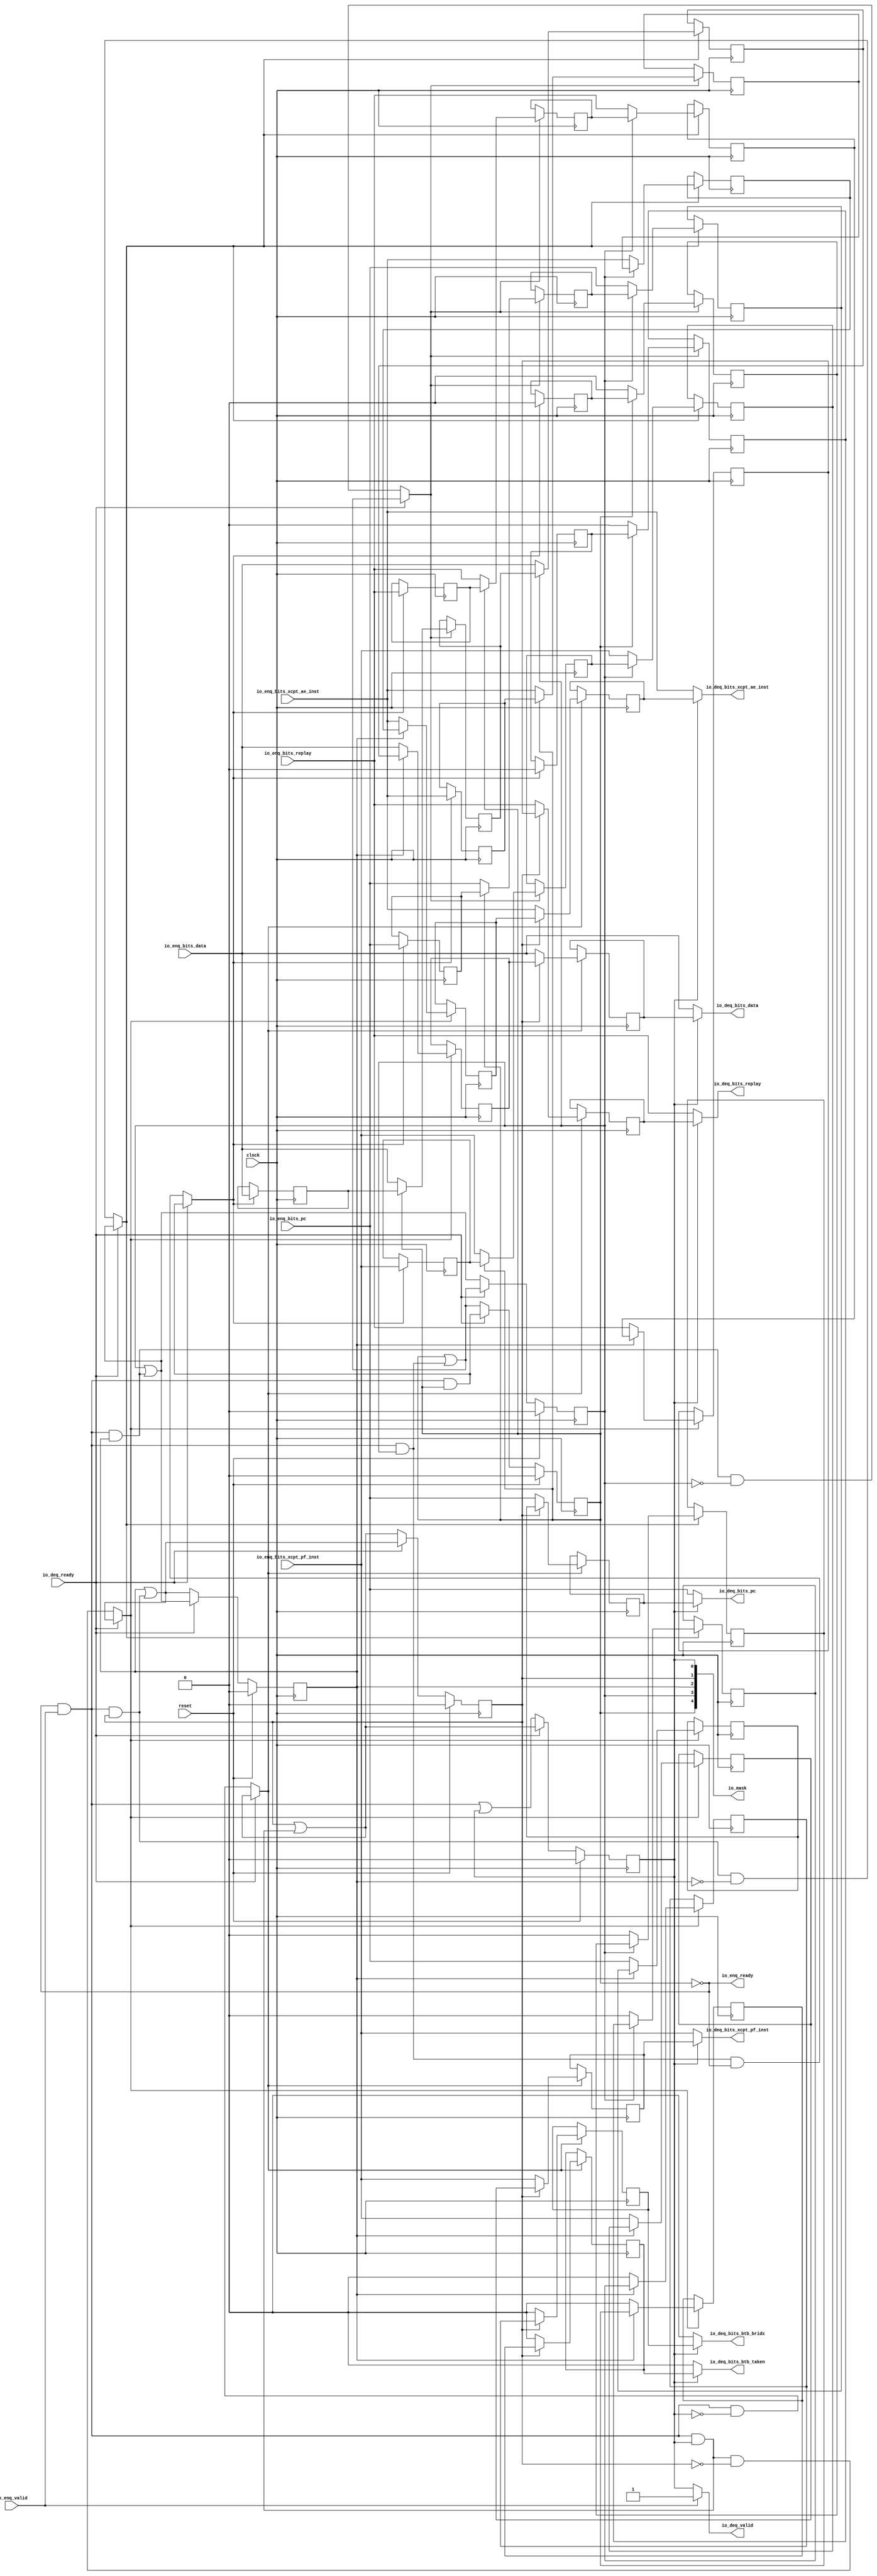
// Copyright (c) 2017, Microsemi Corporation
// All rights reserved.
//
// Redistribution and use in source and binary forms, with or without
// modification, are permitted provided that the following conditions are met:
//     * Redistributions of source code must retain the above copyright
//       notice, this list of conditions and the following disclaimer.
//     * Redistributions in binary form must reproduce the above copyright
//       notice, this list of conditions and the following disclaimer in the
//       documentation and/or other materials provided with the distribution.
//     * Neither the name of the <organization> nor the
//       names of its contributors may be used to endorse or promote products
//       derived from this software without specific prior written permission.
//
// THIS SOFTWARE IS PROVIDED BY THE COPYRIGHT HOLDERS AND CONTRIBUTORS "AS IS" AND
// ANY EXPRESS OR IMPLIED WARRANTIES, INCLUDING, BUT NOT LIMITED TO, THE IMPLIED
// WARRANTIES OF MERCHANTABILITY AND FITNESS FOR A PARTICULAR PURPOSE ARE
// DISCLAIMED. IN NO EVENT SHALL MICROSEMI CORPORATIONM BE LIABLE FOR ANY
// DIRECT, INDIRECT, INCIDENTAL, SPECIAL, EXEMPLARY, OR CONSEQUENTIAL DAMAGES
// (INCLUDING, BUT NOT LIMITED TO, PROCUREMENT OF SUBSTITUTE GOODS OR SERVICES;
// LOSS OF USE, DATA, OR PROFITS; OR BUSINESS INTERRUPTION) HOWEVER CAUSED AND
// ON ANY THEORY OF LIABILITY, WHETHER IN CONTRACT, STRICT LIABILITY, OR TORT
// (INCLUDING NEGLIGENCE OR OTHERWISE) ARISING IN ANY WAY OUT OF THE USE OF THIS
// SOFTWARE, EVEN IF ADVISED OF THE POSSIBILITY OF SUCH DAMAGE.
//
// APACHE LICENSE
// Copyright (c) 2017, Microsemi Corporation 
//
// Licensed under the Apache License, Version 2.0 (the "License");
// you may not use this file except in compliance with the License.
// You may obtain a copy of the License at
//
//    http://www.apache.org/licenses/LICENSE-2.0
//
// Unless required by applicable law or agreed to in writing, software
// distributed under the License is distributed on an "AS IS" BASIS,
// WITHOUT WARRANTIES OR CONDITIONS OF ANY KIND, either express or implied.
// See the License for the specific language governing permissions and
// limitations under the License.
//
// Description:
//
// SVN Revision Information:
// SVN $Revision: $
// SVN $Date: $
//
// Resolved SARs
// SAR      Date     Who   Description
//
// Notes:
//
// ****************************************************************************/
`ifndef RANDOMIZE_REG_INIT 
	 `define RANDOMIZE_REG_INIT 
 `endif
`ifndef RANDOMIZE_MEM_INIT 
	 `define RANDOMIZE_MEM_INIT 
 `endif
`ifndef RANDOMIZE 
	 `define RANDOMIZE 
`endif

`timescale 1ns/10ps
module MiV_AXI_MiV_AXI_0_MIV_RV32IMA_L1_AXI_SHIFT_QUEUE( // @[:freechips.rocketchip.system.MivRV32ImaL1AhbConfig.fir@106353.2]
  input         clock, // @[:freechips.rocketchip.system.MivRV32ImaL1AhbConfig.fir@106354.4]
  input         reset, // @[:freechips.rocketchip.system.MivRV32ImaL1AhbConfig.fir@106355.4]
  output        io_enq_ready, // @[:freechips.rocketchip.system.MivRV32ImaL1AhbConfig.fir@106356.4]
  input         io_enq_valid, // @[:freechips.rocketchip.system.MivRV32ImaL1AhbConfig.fir@106356.4]
  input  [31:0] io_enq_bits_pc, // @[:freechips.rocketchip.system.MivRV32ImaL1AhbConfig.fir@106356.4]
  input  [31:0] io_enq_bits_data, // @[:freechips.rocketchip.system.MivRV32ImaL1AhbConfig.fir@106356.4]
  input         io_enq_bits_xcpt_pf_inst, // @[:freechips.rocketchip.system.MivRV32ImaL1AhbConfig.fir@106356.4]
  input         io_enq_bits_xcpt_ae_inst, // @[:freechips.rocketchip.system.MivRV32ImaL1AhbConfig.fir@106356.4]
  input         io_enq_bits_replay, // @[:freechips.rocketchip.system.MivRV32ImaL1AhbConfig.fir@106356.4]
  input         io_deq_ready, // @[:freechips.rocketchip.system.MivRV32ImaL1AhbConfig.fir@106356.4]
  output        io_deq_valid, // @[:freechips.rocketchip.system.MivRV32ImaL1AhbConfig.fir@106356.4]
  output        io_deq_bits_btb_taken, // @[:freechips.rocketchip.system.MivRV32ImaL1AhbConfig.fir@106356.4]
  output        io_deq_bits_btb_bridx, // @[:freechips.rocketchip.system.MivRV32ImaL1AhbConfig.fir@106356.4]
  output [31:0] io_deq_bits_pc, // @[:freechips.rocketchip.system.MivRV32ImaL1AhbConfig.fir@106356.4]
  output [31:0] io_deq_bits_data, // @[:freechips.rocketchip.system.MivRV32ImaL1AhbConfig.fir@106356.4]
  output        io_deq_bits_xcpt_pf_inst, // @[:freechips.rocketchip.system.MivRV32ImaL1AhbConfig.fir@106356.4]
  output        io_deq_bits_xcpt_ae_inst, // @[:freechips.rocketchip.system.MivRV32ImaL1AhbConfig.fir@106356.4]
  output        io_deq_bits_replay, // @[:freechips.rocketchip.system.MivRV32ImaL1AhbConfig.fir@106356.4]
  output [4:0]  io_mask // @[:freechips.rocketchip.system.MivRV32ImaL1AhbConfig.fir@106356.4]
);
  reg  valid_0; // @[ShiftQueue.scala 20:30:freechips.rocketchip.system.MivRV32ImaL1AhbConfig.fir@106368.4]
  reg [31:0] _RAND_0;
  reg  valid_1; // @[ShiftQueue.scala 20:30:freechips.rocketchip.system.MivRV32ImaL1AhbConfig.fir@106368.4]
  reg [31:0] _RAND_1;
  reg  valid_2; // @[ShiftQueue.scala 20:30:freechips.rocketchip.system.MivRV32ImaL1AhbConfig.fir@106368.4]
  reg [31:0] _RAND_2;
  reg  valid_3; // @[ShiftQueue.scala 20:30:freechips.rocketchip.system.MivRV32ImaL1AhbConfig.fir@106368.4]
  reg [31:0] _RAND_3;
  reg  valid_4; // @[ShiftQueue.scala 20:30:freechips.rocketchip.system.MivRV32ImaL1AhbConfig.fir@106368.4]
  reg [31:0] _RAND_4;
  reg  elts_0_btb_taken; // @[ShiftQueue.scala 21:25:freechips.rocketchip.system.MivRV32ImaL1AhbConfig.fir@106369.4]
  reg [31:0] _RAND_5;
  reg  elts_0_btb_bridx; // @[ShiftQueue.scala 21:25:freechips.rocketchip.system.MivRV32ImaL1AhbConfig.fir@106369.4]
  reg [31:0] _RAND_6;
  reg [31:0] elts_0_pc; // @[ShiftQueue.scala 21:25:freechips.rocketchip.system.MivRV32ImaL1AhbConfig.fir@106369.4]
  reg [31:0] _RAND_7;
  reg [31:0] elts_0_data; // @[ShiftQueue.scala 21:25:freechips.rocketchip.system.MivRV32ImaL1AhbConfig.fir@106369.4]
  reg [31:0] _RAND_8;
  reg  elts_0_xcpt_pf_inst; // @[ShiftQueue.scala 21:25:freechips.rocketchip.system.MivRV32ImaL1AhbConfig.fir@106369.4]
  reg [31:0] _RAND_9;
  reg  elts_0_xcpt_ae_inst; // @[ShiftQueue.scala 21:25:freechips.rocketchip.system.MivRV32ImaL1AhbConfig.fir@106369.4]
  reg [31:0] _RAND_10;
  reg  elts_0_replay; // @[ShiftQueue.scala 21:25:freechips.rocketchip.system.MivRV32ImaL1AhbConfig.fir@106369.4]
  reg [31:0] _RAND_11;
  reg  elts_1_btb_taken; // @[ShiftQueue.scala 21:25:freechips.rocketchip.system.MivRV32ImaL1AhbConfig.fir@106369.4]
  reg [31:0] _RAND_12;
  reg  elts_1_btb_bridx; // @[ShiftQueue.scala 21:25:freechips.rocketchip.system.MivRV32ImaL1AhbConfig.fir@106369.4]
  reg [31:0] _RAND_13;
  reg [31:0] elts_1_pc; // @[ShiftQueue.scala 21:25:freechips.rocketchip.system.MivRV32ImaL1AhbConfig.fir@106369.4]
  reg [31:0] _RAND_14;
  reg [31:0] elts_1_data; // @[ShiftQueue.scala 21:25:freechips.rocketchip.system.MivRV32ImaL1AhbConfig.fir@106369.4]
  reg [31:0] _RAND_15;
  reg  elts_1_xcpt_pf_inst; // @[ShiftQueue.scala 21:25:freechips.rocketchip.system.MivRV32ImaL1AhbConfig.fir@106369.4]
  reg [31:0] _RAND_16;
  reg  elts_1_xcpt_ae_inst; // @[ShiftQueue.scala 21:25:freechips.rocketchip.system.MivRV32ImaL1AhbConfig.fir@106369.4]
  reg [31:0] _RAND_17;
  reg  elts_1_replay; // @[ShiftQueue.scala 21:25:freechips.rocketchip.system.MivRV32ImaL1AhbConfig.fir@106369.4]
  reg [31:0] _RAND_18;
  reg  elts_2_btb_taken; // @[ShiftQueue.scala 21:25:freechips.rocketchip.system.MivRV32ImaL1AhbConfig.fir@106369.4]
  reg [31:0] _RAND_19;
  reg  elts_2_btb_bridx; // @[ShiftQueue.scala 21:25:freechips.rocketchip.system.MivRV32ImaL1AhbConfig.fir@106369.4]
  reg [31:0] _RAND_20;
  reg [31:0] elts_2_pc; // @[ShiftQueue.scala 21:25:freechips.rocketchip.system.MivRV32ImaL1AhbConfig.fir@106369.4]
  reg [31:0] _RAND_21;
  reg [31:0] elts_2_data; // @[ShiftQueue.scala 21:25:freechips.rocketchip.system.MivRV32ImaL1AhbConfig.fir@106369.4]
  reg [31:0] _RAND_22;
  reg  elts_2_xcpt_pf_inst; // @[ShiftQueue.scala 21:25:freechips.rocketchip.system.MivRV32ImaL1AhbConfig.fir@106369.4]
  reg [31:0] _RAND_23;
  reg  elts_2_xcpt_ae_inst; // @[ShiftQueue.scala 21:25:freechips.rocketchip.system.MivRV32ImaL1AhbConfig.fir@106369.4]
  reg [31:0] _RAND_24;
  reg  elts_2_replay; // @[ShiftQueue.scala 21:25:freechips.rocketchip.system.MivRV32ImaL1AhbConfig.fir@106369.4]
  reg [31:0] _RAND_25;
  reg  elts_3_btb_taken; // @[ShiftQueue.scala 21:25:freechips.rocketchip.system.MivRV32ImaL1AhbConfig.fir@106369.4]
  reg [31:0] _RAND_26;
  reg  elts_3_btb_bridx; // @[ShiftQueue.scala 21:25:freechips.rocketchip.system.MivRV32ImaL1AhbConfig.fir@106369.4]
  reg [31:0] _RAND_27;
  reg [31:0] elts_3_pc; // @[ShiftQueue.scala 21:25:freechips.rocketchip.system.MivRV32ImaL1AhbConfig.fir@106369.4]
  reg [31:0] _RAND_28;
  reg [31:0] elts_3_data; // @[ShiftQueue.scala 21:25:freechips.rocketchip.system.MivRV32ImaL1AhbConfig.fir@106369.4]
  reg [31:0] _RAND_29;
  reg  elts_3_xcpt_pf_inst; // @[ShiftQueue.scala 21:25:freechips.rocketchip.system.MivRV32ImaL1AhbConfig.fir@106369.4]
  reg [31:0] _RAND_30;
  reg  elts_3_xcpt_ae_inst; // @[ShiftQueue.scala 21:25:freechips.rocketchip.system.MivRV32ImaL1AhbConfig.fir@106369.4]
  reg [31:0] _RAND_31;
  reg  elts_3_replay; // @[ShiftQueue.scala 21:25:freechips.rocketchip.system.MivRV32ImaL1AhbConfig.fir@106369.4]
  reg [31:0] _RAND_32;
  reg  elts_4_btb_taken; // @[ShiftQueue.scala 21:25:freechips.rocketchip.system.MivRV32ImaL1AhbConfig.fir@106369.4]
  reg [31:0] _RAND_33;
  reg  elts_4_btb_bridx; // @[ShiftQueue.scala 21:25:freechips.rocketchip.system.MivRV32ImaL1AhbConfig.fir@106369.4]
  reg [31:0] _RAND_34;
  reg [31:0] elts_4_pc; // @[ShiftQueue.scala 21:25:freechips.rocketchip.system.MivRV32ImaL1AhbConfig.fir@106369.4]
  reg [31:0] _RAND_35;
  reg [31:0] elts_4_data; // @[ShiftQueue.scala 21:25:freechips.rocketchip.system.MivRV32ImaL1AhbConfig.fir@106369.4]
  reg [31:0] _RAND_36;
  reg  elts_4_xcpt_pf_inst; // @[ShiftQueue.scala 21:25:freechips.rocketchip.system.MivRV32ImaL1AhbConfig.fir@106369.4]
  reg [31:0] _RAND_37;
  reg  elts_4_xcpt_ae_inst; // @[ShiftQueue.scala 21:25:freechips.rocketchip.system.MivRV32ImaL1AhbConfig.fir@106369.4]
  reg [31:0] _RAND_38;
  reg  elts_4_replay; // @[ShiftQueue.scala 21:25:freechips.rocketchip.system.MivRV32ImaL1AhbConfig.fir@106369.4]
  reg [31:0] _RAND_39;
  wire  _T_79_btb_taken; // @[ShiftQueue.scala 26:57:freechips.rocketchip.system.MivRV32ImaL1AhbConfig.fir@106370.4]
  wire  _T_79_btb_bridx; // @[ShiftQueue.scala 26:57:freechips.rocketchip.system.MivRV32ImaL1AhbConfig.fir@106370.4]
  wire [31:0] _T_79_pc; // @[ShiftQueue.scala 26:57:freechips.rocketchip.system.MivRV32ImaL1AhbConfig.fir@106370.4]
  wire [31:0] _T_79_data; // @[ShiftQueue.scala 26:57:freechips.rocketchip.system.MivRV32ImaL1AhbConfig.fir@106370.4]
  wire  _T_79_xcpt_pf_inst; // @[ShiftQueue.scala 26:57:freechips.rocketchip.system.MivRV32ImaL1AhbConfig.fir@106370.4]
  wire  _T_79_xcpt_ae_inst; // @[ShiftQueue.scala 26:57:freechips.rocketchip.system.MivRV32ImaL1AhbConfig.fir@106370.4]
  wire  _T_79_replay; // @[ShiftQueue.scala 26:57:freechips.rocketchip.system.MivRV32ImaL1AhbConfig.fir@106370.4]
  wire  _T_80; // @[Decoupled.scala 30:37:freechips.rocketchip.system.MivRV32ImaL1AhbConfig.fir@106371.4]
  wire  _T_83; // @[ShiftQueue.scala 29:45:freechips.rocketchip.system.MivRV32ImaL1AhbConfig.fir@106373.4]
  wire  _T_84; // @[ShiftQueue.scala 29:28:freechips.rocketchip.system.MivRV32ImaL1AhbConfig.fir@106374.4]
  wire  _T_89; // @[ShiftQueue.scala 30:48:freechips.rocketchip.system.MivRV32ImaL1AhbConfig.fir@106377.4]
  wire  _T_90; // @[ShiftQueue.scala 30:45:freechips.rocketchip.system.MivRV32ImaL1AhbConfig.fir@106378.4]
  wire  _T_91; // @[ShiftQueue.scala 28:10:freechips.rocketchip.system.MivRV32ImaL1AhbConfig.fir@106379.4]
  wire  _GEN_1; // @[ShiftQueue.scala 31:16:freechips.rocketchip.system.MivRV32ImaL1AhbConfig.fir@106380.4]
  wire  _GEN_3; // @[ShiftQueue.scala 31:16:freechips.rocketchip.system.MivRV32ImaL1AhbConfig.fir@106380.4]
  wire [31:0] _GEN_8; // @[ShiftQueue.scala 31:16:freechips.rocketchip.system.MivRV32ImaL1AhbConfig.fir@106380.4]
  wire [31:0] _GEN_9; // @[ShiftQueue.scala 31:16:freechips.rocketchip.system.MivRV32ImaL1AhbConfig.fir@106380.4]
  wire  _GEN_11; // @[ShiftQueue.scala 31:16:freechips.rocketchip.system.MivRV32ImaL1AhbConfig.fir@106380.4]
  wire  _GEN_12; // @[ShiftQueue.scala 31:16:freechips.rocketchip.system.MivRV32ImaL1AhbConfig.fir@106380.4]
  wire  _GEN_13; // @[ShiftQueue.scala 31:16:freechips.rocketchip.system.MivRV32ImaL1AhbConfig.fir@106380.4]
  wire  _T_100; // @[ShiftQueue.scala 36:45:freechips.rocketchip.system.MivRV32ImaL1AhbConfig.fir@106389.4]
  wire  _T_101; // @[ShiftQueue.scala 34:10:freechips.rocketchip.system.MivRV32ImaL1AhbConfig.fir@106390.4]
  wire  _T_102_btb_taken; // @[ShiftQueue.scala 26:57:freechips.rocketchip.system.MivRV32ImaL1AhbConfig.fir@106392.4]
  wire  _T_102_btb_bridx; // @[ShiftQueue.scala 26:57:freechips.rocketchip.system.MivRV32ImaL1AhbConfig.fir@106392.4]
  wire [31:0] _T_102_pc; // @[ShiftQueue.scala 26:57:freechips.rocketchip.system.MivRV32ImaL1AhbConfig.fir@106392.4]
  wire [31:0] _T_102_data; // @[ShiftQueue.scala 26:57:freechips.rocketchip.system.MivRV32ImaL1AhbConfig.fir@106392.4]
  wire  _T_102_xcpt_pf_inst; // @[ShiftQueue.scala 26:57:freechips.rocketchip.system.MivRV32ImaL1AhbConfig.fir@106392.4]
  wire  _T_102_xcpt_ae_inst; // @[ShiftQueue.scala 26:57:freechips.rocketchip.system.MivRV32ImaL1AhbConfig.fir@106392.4]
  wire  _T_102_replay; // @[ShiftQueue.scala 26:57:freechips.rocketchip.system.MivRV32ImaL1AhbConfig.fir@106392.4]
  wire  _T_106; // @[ShiftQueue.scala 29:45:freechips.rocketchip.system.MivRV32ImaL1AhbConfig.fir@106395.4]
  wire  _T_107; // @[ShiftQueue.scala 29:28:freechips.rocketchip.system.MivRV32ImaL1AhbConfig.fir@106396.4]
  wire  _T_111; // @[ShiftQueue.scala 30:48:freechips.rocketchip.system.MivRV32ImaL1AhbConfig.fir@106399.4]
  wire  _T_112; // @[ShiftQueue.scala 30:45:freechips.rocketchip.system.MivRV32ImaL1AhbConfig.fir@106400.4]
  wire  _T_113; // @[ShiftQueue.scala 28:10:freechips.rocketchip.system.MivRV32ImaL1AhbConfig.fir@106401.4]
  wire  _GEN_15; // @[ShiftQueue.scala 31:16:freechips.rocketchip.system.MivRV32ImaL1AhbConfig.fir@106402.4]
  wire  _GEN_17; // @[ShiftQueue.scala 31:16:freechips.rocketchip.system.MivRV32ImaL1AhbConfig.fir@106402.4]
  wire [31:0] _GEN_22; // @[ShiftQueue.scala 31:16:freechips.rocketchip.system.MivRV32ImaL1AhbConfig.fir@106402.4]
  wire [31:0] _GEN_23; // @[ShiftQueue.scala 31:16:freechips.rocketchip.system.MivRV32ImaL1AhbConfig.fir@106402.4]
  wire  _GEN_25; // @[ShiftQueue.scala 31:16:freechips.rocketchip.system.MivRV32ImaL1AhbConfig.fir@106402.4]
  wire  _GEN_26; // @[ShiftQueue.scala 31:16:freechips.rocketchip.system.MivRV32ImaL1AhbConfig.fir@106402.4]
  wire  _GEN_27; // @[ShiftQueue.scala 31:16:freechips.rocketchip.system.MivRV32ImaL1AhbConfig.fir@106402.4]
  wire  _T_121; // @[ShiftQueue.scala 36:45:freechips.rocketchip.system.MivRV32ImaL1AhbConfig.fir@106411.4]
  wire  _T_122; // @[ShiftQueue.scala 34:10:freechips.rocketchip.system.MivRV32ImaL1AhbConfig.fir@106412.4]
  wire  _T_123_btb_taken; // @[ShiftQueue.scala 26:57:freechips.rocketchip.system.MivRV32ImaL1AhbConfig.fir@106414.4]
  wire  _T_123_btb_bridx; // @[ShiftQueue.scala 26:57:freechips.rocketchip.system.MivRV32ImaL1AhbConfig.fir@106414.4]
  wire [31:0] _T_123_pc; // @[ShiftQueue.scala 26:57:freechips.rocketchip.system.MivRV32ImaL1AhbConfig.fir@106414.4]
  wire [31:0] _T_123_data; // @[ShiftQueue.scala 26:57:freechips.rocketchip.system.MivRV32ImaL1AhbConfig.fir@106414.4]
  wire  _T_123_xcpt_pf_inst; // @[ShiftQueue.scala 26:57:freechips.rocketchip.system.MivRV32ImaL1AhbConfig.fir@106414.4]
  wire  _T_123_xcpt_ae_inst; // @[ShiftQueue.scala 26:57:freechips.rocketchip.system.MivRV32ImaL1AhbConfig.fir@106414.4]
  wire  _T_123_replay; // @[ShiftQueue.scala 26:57:freechips.rocketchip.system.MivRV32ImaL1AhbConfig.fir@106414.4]
  wire  _T_127; // @[ShiftQueue.scala 29:45:freechips.rocketchip.system.MivRV32ImaL1AhbConfig.fir@106417.4]
  wire  _T_128; // @[ShiftQueue.scala 29:28:freechips.rocketchip.system.MivRV32ImaL1AhbConfig.fir@106418.4]
  wire  _T_132; // @[ShiftQueue.scala 30:48:freechips.rocketchip.system.MivRV32ImaL1AhbConfig.fir@106421.4]
  wire  _T_133; // @[ShiftQueue.scala 30:45:freechips.rocketchip.system.MivRV32ImaL1AhbConfig.fir@106422.4]
  wire  _T_134; // @[ShiftQueue.scala 28:10:freechips.rocketchip.system.MivRV32ImaL1AhbConfig.fir@106423.4]
  wire  _GEN_29; // @[ShiftQueue.scala 31:16:freechips.rocketchip.system.MivRV32ImaL1AhbConfig.fir@106424.4]
  wire  _GEN_31; // @[ShiftQueue.scala 31:16:freechips.rocketchip.system.MivRV32ImaL1AhbConfig.fir@106424.4]
  wire [31:0] _GEN_36; // @[ShiftQueue.scala 31:16:freechips.rocketchip.system.MivRV32ImaL1AhbConfig.fir@106424.4]
  wire [31:0] _GEN_37; // @[ShiftQueue.scala 31:16:freechips.rocketchip.system.MivRV32ImaL1AhbConfig.fir@106424.4]
  wire  _GEN_39; // @[ShiftQueue.scala 31:16:freechips.rocketchip.system.MivRV32ImaL1AhbConfig.fir@106424.4]
  wire  _GEN_40; // @[ShiftQueue.scala 31:16:freechips.rocketchip.system.MivRV32ImaL1AhbConfig.fir@106424.4]
  wire  _GEN_41; // @[ShiftQueue.scala 31:16:freechips.rocketchip.system.MivRV32ImaL1AhbConfig.fir@106424.4]
  wire  _T_142; // @[ShiftQueue.scala 36:45:freechips.rocketchip.system.MivRV32ImaL1AhbConfig.fir@106433.4]
  wire  _T_143; // @[ShiftQueue.scala 34:10:freechips.rocketchip.system.MivRV32ImaL1AhbConfig.fir@106434.4]
  wire  _T_144_btb_taken; // @[ShiftQueue.scala 26:57:freechips.rocketchip.system.MivRV32ImaL1AhbConfig.fir@106436.4]
  wire  _T_144_btb_bridx; // @[ShiftQueue.scala 26:57:freechips.rocketchip.system.MivRV32ImaL1AhbConfig.fir@106436.4]
  wire [31:0] _T_144_pc; // @[ShiftQueue.scala 26:57:freechips.rocketchip.system.MivRV32ImaL1AhbConfig.fir@106436.4]
  wire [31:0] _T_144_data; // @[ShiftQueue.scala 26:57:freechips.rocketchip.system.MivRV32ImaL1AhbConfig.fir@106436.4]
  wire  _T_144_xcpt_pf_inst; // @[ShiftQueue.scala 26:57:freechips.rocketchip.system.MivRV32ImaL1AhbConfig.fir@106436.4]
  wire  _T_144_xcpt_ae_inst; // @[ShiftQueue.scala 26:57:freechips.rocketchip.system.MivRV32ImaL1AhbConfig.fir@106436.4]
  wire  _T_144_replay; // @[ShiftQueue.scala 26:57:freechips.rocketchip.system.MivRV32ImaL1AhbConfig.fir@106436.4]
  wire  _T_148; // @[ShiftQueue.scala 29:45:freechips.rocketchip.system.MivRV32ImaL1AhbConfig.fir@106439.4]
  wire  _T_149; // @[ShiftQueue.scala 29:28:freechips.rocketchip.system.MivRV32ImaL1AhbConfig.fir@106440.4]
  wire  _T_153; // @[ShiftQueue.scala 30:48:freechips.rocketchip.system.MivRV32ImaL1AhbConfig.fir@106443.4]
  wire  _T_154; // @[ShiftQueue.scala 30:45:freechips.rocketchip.system.MivRV32ImaL1AhbConfig.fir@106444.4]
  wire  _T_155; // @[ShiftQueue.scala 28:10:freechips.rocketchip.system.MivRV32ImaL1AhbConfig.fir@106445.4]
  wire  _GEN_43; // @[ShiftQueue.scala 31:16:freechips.rocketchip.system.MivRV32ImaL1AhbConfig.fir@106446.4]
  wire  _GEN_45; // @[ShiftQueue.scala 31:16:freechips.rocketchip.system.MivRV32ImaL1AhbConfig.fir@106446.4]
  wire [31:0] _GEN_50; // @[ShiftQueue.scala 31:16:freechips.rocketchip.system.MivRV32ImaL1AhbConfig.fir@106446.4]
  wire [31:0] _GEN_51; // @[ShiftQueue.scala 31:16:freechips.rocketchip.system.MivRV32ImaL1AhbConfig.fir@106446.4]
  wire  _GEN_53; // @[ShiftQueue.scala 31:16:freechips.rocketchip.system.MivRV32ImaL1AhbConfig.fir@106446.4]
  wire  _GEN_54; // @[ShiftQueue.scala 31:16:freechips.rocketchip.system.MivRV32ImaL1AhbConfig.fir@106446.4]
  wire  _GEN_55; // @[ShiftQueue.scala 31:16:freechips.rocketchip.system.MivRV32ImaL1AhbConfig.fir@106446.4]
  wire  _T_163; // @[ShiftQueue.scala 36:45:freechips.rocketchip.system.MivRV32ImaL1AhbConfig.fir@106455.4]
  wire  _T_164; // @[ShiftQueue.scala 34:10:freechips.rocketchip.system.MivRV32ImaL1AhbConfig.fir@106456.4]
  wire  _T_169; // @[ShiftQueue.scala 29:45:freechips.rocketchip.system.MivRV32ImaL1AhbConfig.fir@106460.4]
  wire  _T_174; // @[ShiftQueue.scala 30:48:freechips.rocketchip.system.MivRV32ImaL1AhbConfig.fir@106464.4]
  wire  _T_175; // @[ShiftQueue.scala 30:45:freechips.rocketchip.system.MivRV32ImaL1AhbConfig.fir@106465.4]
  wire  _T_176; // @[ShiftQueue.scala 28:10:freechips.rocketchip.system.MivRV32ImaL1AhbConfig.fir@106466.4]
  wire  _GEN_57; // @[ShiftQueue.scala 31:16:freechips.rocketchip.system.MivRV32ImaL1AhbConfig.fir@106467.4]
  wire  _GEN_59; // @[ShiftQueue.scala 31:16:freechips.rocketchip.system.MivRV32ImaL1AhbConfig.fir@106467.4]
  wire [31:0] _GEN_64; // @[ShiftQueue.scala 31:16:freechips.rocketchip.system.MivRV32ImaL1AhbConfig.fir@106467.4]
  wire [31:0] _GEN_65; // @[ShiftQueue.scala 31:16:freechips.rocketchip.system.MivRV32ImaL1AhbConfig.fir@106467.4]
  wire  _GEN_67; // @[ShiftQueue.scala 31:16:freechips.rocketchip.system.MivRV32ImaL1AhbConfig.fir@106467.4]
  wire  _GEN_68; // @[ShiftQueue.scala 31:16:freechips.rocketchip.system.MivRV32ImaL1AhbConfig.fir@106467.4]
  wire  _GEN_69; // @[ShiftQueue.scala 31:16:freechips.rocketchip.system.MivRV32ImaL1AhbConfig.fir@106467.4]
  wire  _T_185; // @[ShiftQueue.scala 36:45:freechips.rocketchip.system.MivRV32ImaL1AhbConfig.fir@106476.4]
  wire  _T_186; // @[ShiftQueue.scala 34:10:freechips.rocketchip.system.MivRV32ImaL1AhbConfig.fir@106477.4]
  wire  _GEN_70; // @[ShiftQueue.scala 44:25:freechips.rocketchip.system.MivRV32ImaL1AhbConfig.fir@106483.4]
  wire  _GEN_72; // @[ShiftQueue.scala 45:22:freechips.rocketchip.system.MivRV32ImaL1AhbConfig.fir@106487.4]
  wire  _GEN_74; // @[ShiftQueue.scala 45:22:freechips.rocketchip.system.MivRV32ImaL1AhbConfig.fir@106487.4]
  wire [31:0] _GEN_79; // @[ShiftQueue.scala 45:22:freechips.rocketchip.system.MivRV32ImaL1AhbConfig.fir@106487.4]
  wire [31:0] _GEN_80; // @[ShiftQueue.scala 45:22:freechips.rocketchip.system.MivRV32ImaL1AhbConfig.fir@106487.4]
  wire  _GEN_82; // @[ShiftQueue.scala 45:22:freechips.rocketchip.system.MivRV32ImaL1AhbConfig.fir@106487.4]
  wire  _GEN_83; // @[ShiftQueue.scala 45:22:freechips.rocketchip.system.MivRV32ImaL1AhbConfig.fir@106487.4]
  wire  _GEN_84; // @[ShiftQueue.scala 45:22:freechips.rocketchip.system.MivRV32ImaL1AhbConfig.fir@106487.4]
  wire [1:0] _T_192; // @[ShiftQueue.scala 52:20:freechips.rocketchip.system.MivRV32ImaL1AhbConfig.fir@106490.4]
  wire [1:0] _T_193; // @[ShiftQueue.scala 52:20:freechips.rocketchip.system.MivRV32ImaL1AhbConfig.fir@106491.4]
  wire [2:0] _T_194; // @[ShiftQueue.scala 52:20:freechips.rocketchip.system.MivRV32ImaL1AhbConfig.fir@106492.4]
  wire [4:0] _T_195; // @[ShiftQueue.scala 52:20:freechips.rocketchip.system.MivRV32ImaL1AhbConfig.fir@106493.4]
  assign _T_79_btb_taken = valid_1 ? elts_1_btb_taken : 1'h0; // @[ShiftQueue.scala 26:57:freechips.rocketchip.system.MivRV32ImaL1AhbConfig.fir@106370.4]
  assign _T_79_btb_bridx = valid_1 ? elts_1_btb_bridx : 1'h0; // @[ShiftQueue.scala 26:57:freechips.rocketchip.system.MivRV32ImaL1AhbConfig.fir@106370.4]
  assign _T_79_pc = valid_1 ? elts_1_pc : io_enq_bits_pc; // @[ShiftQueue.scala 26:57:freechips.rocketchip.system.MivRV32ImaL1AhbConfig.fir@106370.4]
  assign _T_79_data = valid_1 ? elts_1_data : io_enq_bits_data; // @[ShiftQueue.scala 26:57:freechips.rocketchip.system.MivRV32ImaL1AhbConfig.fir@106370.4]
  assign _T_79_xcpt_pf_inst = valid_1 ? elts_1_xcpt_pf_inst : io_enq_bits_xcpt_pf_inst; // @[ShiftQueue.scala 26:57:freechips.rocketchip.system.MivRV32ImaL1AhbConfig.fir@106370.4]
  assign _T_79_xcpt_ae_inst = valid_1 ? elts_1_xcpt_ae_inst : io_enq_bits_xcpt_ae_inst; // @[ShiftQueue.scala 26:57:freechips.rocketchip.system.MivRV32ImaL1AhbConfig.fir@106370.4]
  assign _T_79_replay = valid_1 ? elts_1_replay : io_enq_bits_replay; // @[ShiftQueue.scala 26:57:freechips.rocketchip.system.MivRV32ImaL1AhbConfig.fir@106370.4]
  assign _T_80 = io_enq_ready & io_enq_valid; // @[Decoupled.scala 30:37:freechips.rocketchip.system.MivRV32ImaL1AhbConfig.fir@106371.4]
  assign _T_83 = _T_80 & valid_0; // @[ShiftQueue.scala 29:45:freechips.rocketchip.system.MivRV32ImaL1AhbConfig.fir@106373.4]
  assign _T_84 = valid_1 | _T_83; // @[ShiftQueue.scala 29:28:freechips.rocketchip.system.MivRV32ImaL1AhbConfig.fir@106374.4]
  assign _T_89 = valid_0 == 1'h0; // @[ShiftQueue.scala 30:48:freechips.rocketchip.system.MivRV32ImaL1AhbConfig.fir@106377.4]
  assign _T_90 = _T_80 & _T_89; // @[ShiftQueue.scala 30:45:freechips.rocketchip.system.MivRV32ImaL1AhbConfig.fir@106378.4]
  assign _T_91 = io_deq_ready ? _T_84 : _T_90; // @[ShiftQueue.scala 28:10:freechips.rocketchip.system.MivRV32ImaL1AhbConfig.fir@106379.4]
  assign _GEN_1 = _T_91 ? _T_79_btb_taken : elts_0_btb_taken; // @[ShiftQueue.scala 31:16:freechips.rocketchip.system.MivRV32ImaL1AhbConfig.fir@106380.4]
  assign _GEN_3 = _T_91 ? _T_79_btb_bridx : elts_0_btb_bridx; // @[ShiftQueue.scala 31:16:freechips.rocketchip.system.MivRV32ImaL1AhbConfig.fir@106380.4]
  assign _GEN_8 = _T_91 ? _T_79_pc : elts_0_pc; // @[ShiftQueue.scala 31:16:freechips.rocketchip.system.MivRV32ImaL1AhbConfig.fir@106380.4]
  assign _GEN_9 = _T_91 ? _T_79_data : elts_0_data; // @[ShiftQueue.scala 31:16:freechips.rocketchip.system.MivRV32ImaL1AhbConfig.fir@106380.4]
  assign _GEN_11 = _T_91 ? _T_79_xcpt_pf_inst : elts_0_xcpt_pf_inst; // @[ShiftQueue.scala 31:16:freechips.rocketchip.system.MivRV32ImaL1AhbConfig.fir@106380.4]
  assign _GEN_12 = _T_91 ? _T_79_xcpt_ae_inst : elts_0_xcpt_ae_inst; // @[ShiftQueue.scala 31:16:freechips.rocketchip.system.MivRV32ImaL1AhbConfig.fir@106380.4]
  assign _GEN_13 = _T_91 ? _T_79_replay : elts_0_replay; // @[ShiftQueue.scala 31:16:freechips.rocketchip.system.MivRV32ImaL1AhbConfig.fir@106380.4]
  assign _T_100 = _T_80 | valid_0; // @[ShiftQueue.scala 36:45:freechips.rocketchip.system.MivRV32ImaL1AhbConfig.fir@106389.4]
  assign _T_101 = io_deq_ready ? _T_84 : _T_100; // @[ShiftQueue.scala 34:10:freechips.rocketchip.system.MivRV32ImaL1AhbConfig.fir@106390.4]
  assign _T_102_btb_taken = valid_2 ? elts_2_btb_taken : 1'h0; // @[ShiftQueue.scala 26:57:freechips.rocketchip.system.MivRV32ImaL1AhbConfig.fir@106392.4]
  assign _T_102_btb_bridx = valid_2 ? elts_2_btb_bridx : 1'h0; // @[ShiftQueue.scala 26:57:freechips.rocketchip.system.MivRV32ImaL1AhbConfig.fir@106392.4]
  assign _T_102_pc = valid_2 ? elts_2_pc : io_enq_bits_pc; // @[ShiftQueue.scala 26:57:freechips.rocketchip.system.MivRV32ImaL1AhbConfig.fir@106392.4]
  assign _T_102_data = valid_2 ? elts_2_data : io_enq_bits_data; // @[ShiftQueue.scala 26:57:freechips.rocketchip.system.MivRV32ImaL1AhbConfig.fir@106392.4]
  assign _T_102_xcpt_pf_inst = valid_2 ? elts_2_xcpt_pf_inst : io_enq_bits_xcpt_pf_inst; // @[ShiftQueue.scala 26:57:freechips.rocketchip.system.MivRV32ImaL1AhbConfig.fir@106392.4]
  assign _T_102_xcpt_ae_inst = valid_2 ? elts_2_xcpt_ae_inst : io_enq_bits_xcpt_ae_inst; // @[ShiftQueue.scala 26:57:freechips.rocketchip.system.MivRV32ImaL1AhbConfig.fir@106392.4]
  assign _T_102_replay = valid_2 ? elts_2_replay : io_enq_bits_replay; // @[ShiftQueue.scala 26:57:freechips.rocketchip.system.MivRV32ImaL1AhbConfig.fir@106392.4]
  assign _T_106 = _T_80 & valid_1; // @[ShiftQueue.scala 29:45:freechips.rocketchip.system.MivRV32ImaL1AhbConfig.fir@106395.4]
  assign _T_107 = valid_2 | _T_106; // @[ShiftQueue.scala 29:28:freechips.rocketchip.system.MivRV32ImaL1AhbConfig.fir@106396.4]
  assign _T_111 = valid_1 == 1'h0; // @[ShiftQueue.scala 30:48:freechips.rocketchip.system.MivRV32ImaL1AhbConfig.fir@106399.4]
  assign _T_112 = _T_83 & _T_111; // @[ShiftQueue.scala 30:45:freechips.rocketchip.system.MivRV32ImaL1AhbConfig.fir@106400.4]
  assign _T_113 = io_deq_ready ? _T_107 : _T_112; // @[ShiftQueue.scala 28:10:freechips.rocketchip.system.MivRV32ImaL1AhbConfig.fir@106401.4]
  assign _GEN_15 = _T_113 ? _T_102_btb_taken : elts_1_btb_taken; // @[ShiftQueue.scala 31:16:freechips.rocketchip.system.MivRV32ImaL1AhbConfig.fir@106402.4]
  assign _GEN_17 = _T_113 ? _T_102_btb_bridx : elts_1_btb_bridx; // @[ShiftQueue.scala 31:16:freechips.rocketchip.system.MivRV32ImaL1AhbConfig.fir@106402.4]
  assign _GEN_22 = _T_113 ? _T_102_pc : elts_1_pc; // @[ShiftQueue.scala 31:16:freechips.rocketchip.system.MivRV32ImaL1AhbConfig.fir@106402.4]
  assign _GEN_23 = _T_113 ? _T_102_data : elts_1_data; // @[ShiftQueue.scala 31:16:freechips.rocketchip.system.MivRV32ImaL1AhbConfig.fir@106402.4]
  assign _GEN_25 = _T_113 ? _T_102_xcpt_pf_inst : elts_1_xcpt_pf_inst; // @[ShiftQueue.scala 31:16:freechips.rocketchip.system.MivRV32ImaL1AhbConfig.fir@106402.4]
  assign _GEN_26 = _T_113 ? _T_102_xcpt_ae_inst : elts_1_xcpt_ae_inst; // @[ShiftQueue.scala 31:16:freechips.rocketchip.system.MivRV32ImaL1AhbConfig.fir@106402.4]
  assign _GEN_27 = _T_113 ? _T_102_replay : elts_1_replay; // @[ShiftQueue.scala 31:16:freechips.rocketchip.system.MivRV32ImaL1AhbConfig.fir@106402.4]
  assign _T_121 = _T_83 | valid_1; // @[ShiftQueue.scala 36:45:freechips.rocketchip.system.MivRV32ImaL1AhbConfig.fir@106411.4]
  assign _T_122 = io_deq_ready ? _T_107 : _T_121; // @[ShiftQueue.scala 34:10:freechips.rocketchip.system.MivRV32ImaL1AhbConfig.fir@106412.4]
  assign _T_123_btb_taken = valid_3 ? elts_3_btb_taken : 1'h0; // @[ShiftQueue.scala 26:57:freechips.rocketchip.system.MivRV32ImaL1AhbConfig.fir@106414.4]
  assign _T_123_btb_bridx = valid_3 ? elts_3_btb_bridx : 1'h0; // @[ShiftQueue.scala 26:57:freechips.rocketchip.system.MivRV32ImaL1AhbConfig.fir@106414.4]
  assign _T_123_pc = valid_3 ? elts_3_pc : io_enq_bits_pc; // @[ShiftQueue.scala 26:57:freechips.rocketchip.system.MivRV32ImaL1AhbConfig.fir@106414.4]
  assign _T_123_data = valid_3 ? elts_3_data : io_enq_bits_data; // @[ShiftQueue.scala 26:57:freechips.rocketchip.system.MivRV32ImaL1AhbConfig.fir@106414.4]
  assign _T_123_xcpt_pf_inst = valid_3 ? elts_3_xcpt_pf_inst : io_enq_bits_xcpt_pf_inst; // @[ShiftQueue.scala 26:57:freechips.rocketchip.system.MivRV32ImaL1AhbConfig.fir@106414.4]
  assign _T_123_xcpt_ae_inst = valid_3 ? elts_3_xcpt_ae_inst : io_enq_bits_xcpt_ae_inst; // @[ShiftQueue.scala 26:57:freechips.rocketchip.system.MivRV32ImaL1AhbConfig.fir@106414.4]
  assign _T_123_replay = valid_3 ? elts_3_replay : io_enq_bits_replay; // @[ShiftQueue.scala 26:57:freechips.rocketchip.system.MivRV32ImaL1AhbConfig.fir@106414.4]
  assign _T_127 = _T_80 & valid_2; // @[ShiftQueue.scala 29:45:freechips.rocketchip.system.MivRV32ImaL1AhbConfig.fir@106417.4]
  assign _T_128 = valid_3 | _T_127; // @[ShiftQueue.scala 29:28:freechips.rocketchip.system.MivRV32ImaL1AhbConfig.fir@106418.4]
  assign _T_132 = valid_2 == 1'h0; // @[ShiftQueue.scala 30:48:freechips.rocketchip.system.MivRV32ImaL1AhbConfig.fir@106421.4]
  assign _T_133 = _T_106 & _T_132; // @[ShiftQueue.scala 30:45:freechips.rocketchip.system.MivRV32ImaL1AhbConfig.fir@106422.4]
  assign _T_134 = io_deq_ready ? _T_128 : _T_133; // @[ShiftQueue.scala 28:10:freechips.rocketchip.system.MivRV32ImaL1AhbConfig.fir@106423.4]
  assign _GEN_29 = _T_134 ? _T_123_btb_taken : elts_2_btb_taken; // @[ShiftQueue.scala 31:16:freechips.rocketchip.system.MivRV32ImaL1AhbConfig.fir@106424.4]
  assign _GEN_31 = _T_134 ? _T_123_btb_bridx : elts_2_btb_bridx; // @[ShiftQueue.scala 31:16:freechips.rocketchip.system.MivRV32ImaL1AhbConfig.fir@106424.4]
  assign _GEN_36 = _T_134 ? _T_123_pc : elts_2_pc; // @[ShiftQueue.scala 31:16:freechips.rocketchip.system.MivRV32ImaL1AhbConfig.fir@106424.4]
  assign _GEN_37 = _T_134 ? _T_123_data : elts_2_data; // @[ShiftQueue.scala 31:16:freechips.rocketchip.system.MivRV32ImaL1AhbConfig.fir@106424.4]
  assign _GEN_39 = _T_134 ? _T_123_xcpt_pf_inst : elts_2_xcpt_pf_inst; // @[ShiftQueue.scala 31:16:freechips.rocketchip.system.MivRV32ImaL1AhbConfig.fir@106424.4]
  assign _GEN_40 = _T_134 ? _T_123_xcpt_ae_inst : elts_2_xcpt_ae_inst; // @[ShiftQueue.scala 31:16:freechips.rocketchip.system.MivRV32ImaL1AhbConfig.fir@106424.4]
  assign _GEN_41 = _T_134 ? _T_123_replay : elts_2_replay; // @[ShiftQueue.scala 31:16:freechips.rocketchip.system.MivRV32ImaL1AhbConfig.fir@106424.4]
  assign _T_142 = _T_106 | valid_2; // @[ShiftQueue.scala 36:45:freechips.rocketchip.system.MivRV32ImaL1AhbConfig.fir@106433.4]
  assign _T_143 = io_deq_ready ? _T_128 : _T_142; // @[ShiftQueue.scala 34:10:freechips.rocketchip.system.MivRV32ImaL1AhbConfig.fir@106434.4]
  assign _T_144_btb_taken = valid_4 ? elts_4_btb_taken : 1'h0; // @[ShiftQueue.scala 26:57:freechips.rocketchip.system.MivRV32ImaL1AhbConfig.fir@106436.4]
  assign _T_144_btb_bridx = valid_4 ? elts_4_btb_bridx : 1'h0; // @[ShiftQueue.scala 26:57:freechips.rocketchip.system.MivRV32ImaL1AhbConfig.fir@106436.4]
  assign _T_144_pc = valid_4 ? elts_4_pc : io_enq_bits_pc; // @[ShiftQueue.scala 26:57:freechips.rocketchip.system.MivRV32ImaL1AhbConfig.fir@106436.4]
  assign _T_144_data = valid_4 ? elts_4_data : io_enq_bits_data; // @[ShiftQueue.scala 26:57:freechips.rocketchip.system.MivRV32ImaL1AhbConfig.fir@106436.4]
  assign _T_144_xcpt_pf_inst = valid_4 ? elts_4_xcpt_pf_inst : io_enq_bits_xcpt_pf_inst; // @[ShiftQueue.scala 26:57:freechips.rocketchip.system.MivRV32ImaL1AhbConfig.fir@106436.4]
  assign _T_144_xcpt_ae_inst = valid_4 ? elts_4_xcpt_ae_inst : io_enq_bits_xcpt_ae_inst; // @[ShiftQueue.scala 26:57:freechips.rocketchip.system.MivRV32ImaL1AhbConfig.fir@106436.4]
  assign _T_144_replay = valid_4 ? elts_4_replay : io_enq_bits_replay; // @[ShiftQueue.scala 26:57:freechips.rocketchip.system.MivRV32ImaL1AhbConfig.fir@106436.4]
  assign _T_148 = _T_80 & valid_3; // @[ShiftQueue.scala 29:45:freechips.rocketchip.system.MivRV32ImaL1AhbConfig.fir@106439.4]
  assign _T_149 = valid_4 | _T_148; // @[ShiftQueue.scala 29:28:freechips.rocketchip.system.MivRV32ImaL1AhbConfig.fir@106440.4]
  assign _T_153 = valid_3 == 1'h0; // @[ShiftQueue.scala 30:48:freechips.rocketchip.system.MivRV32ImaL1AhbConfig.fir@106443.4]
  assign _T_154 = _T_127 & _T_153; // @[ShiftQueue.scala 30:45:freechips.rocketchip.system.MivRV32ImaL1AhbConfig.fir@106444.4]
  assign _T_155 = io_deq_ready ? _T_149 : _T_154; // @[ShiftQueue.scala 28:10:freechips.rocketchip.system.MivRV32ImaL1AhbConfig.fir@106445.4]
  assign _GEN_43 = _T_155 ? _T_144_btb_taken : elts_3_btb_taken; // @[ShiftQueue.scala 31:16:freechips.rocketchip.system.MivRV32ImaL1AhbConfig.fir@106446.4]
  assign _GEN_45 = _T_155 ? _T_144_btb_bridx : elts_3_btb_bridx; // @[ShiftQueue.scala 31:16:freechips.rocketchip.system.MivRV32ImaL1AhbConfig.fir@106446.4]
  assign _GEN_50 = _T_155 ? _T_144_pc : elts_3_pc; // @[ShiftQueue.scala 31:16:freechips.rocketchip.system.MivRV32ImaL1AhbConfig.fir@106446.4]
  assign _GEN_51 = _T_155 ? _T_144_data : elts_3_data; // @[ShiftQueue.scala 31:16:freechips.rocketchip.system.MivRV32ImaL1AhbConfig.fir@106446.4]
  assign _GEN_53 = _T_155 ? _T_144_xcpt_pf_inst : elts_3_xcpt_pf_inst; // @[ShiftQueue.scala 31:16:freechips.rocketchip.system.MivRV32ImaL1AhbConfig.fir@106446.4]
  assign _GEN_54 = _T_155 ? _T_144_xcpt_ae_inst : elts_3_xcpt_ae_inst; // @[ShiftQueue.scala 31:16:freechips.rocketchip.system.MivRV32ImaL1AhbConfig.fir@106446.4]
  assign _GEN_55 = _T_155 ? _T_144_replay : elts_3_replay; // @[ShiftQueue.scala 31:16:freechips.rocketchip.system.MivRV32ImaL1AhbConfig.fir@106446.4]
  assign _T_163 = _T_127 | valid_3; // @[ShiftQueue.scala 36:45:freechips.rocketchip.system.MivRV32ImaL1AhbConfig.fir@106455.4]
  assign _T_164 = io_deq_ready ? _T_149 : _T_163; // @[ShiftQueue.scala 34:10:freechips.rocketchip.system.MivRV32ImaL1AhbConfig.fir@106456.4]
  assign _T_169 = _T_80 & valid_4; // @[ShiftQueue.scala 29:45:freechips.rocketchip.system.MivRV32ImaL1AhbConfig.fir@106460.4]
  assign _T_174 = valid_4 == 1'h0; // @[ShiftQueue.scala 30:48:freechips.rocketchip.system.MivRV32ImaL1AhbConfig.fir@106464.4]
  assign _T_175 = _T_148 & _T_174; // @[ShiftQueue.scala 30:45:freechips.rocketchip.system.MivRV32ImaL1AhbConfig.fir@106465.4]
  assign _T_176 = io_deq_ready ? _T_169 : _T_175; // @[ShiftQueue.scala 28:10:freechips.rocketchip.system.MivRV32ImaL1AhbConfig.fir@106466.4]
  assign _GEN_57 = _T_176 ? 1'h0 : elts_4_btb_taken; // @[ShiftQueue.scala 31:16:freechips.rocketchip.system.MivRV32ImaL1AhbConfig.fir@106467.4]
  assign _GEN_59 = _T_176 ? 1'h0 : elts_4_btb_bridx; // @[ShiftQueue.scala 31:16:freechips.rocketchip.system.MivRV32ImaL1AhbConfig.fir@106467.4]
  assign _GEN_64 = _T_176 ? io_enq_bits_pc : elts_4_pc; // @[ShiftQueue.scala 31:16:freechips.rocketchip.system.MivRV32ImaL1AhbConfig.fir@106467.4]
  assign _GEN_65 = _T_176 ? io_enq_bits_data : elts_4_data; // @[ShiftQueue.scala 31:16:freechips.rocketchip.system.MivRV32ImaL1AhbConfig.fir@106467.4]
  assign _GEN_67 = _T_176 ? io_enq_bits_xcpt_pf_inst : elts_4_xcpt_pf_inst; // @[ShiftQueue.scala 31:16:freechips.rocketchip.system.MivRV32ImaL1AhbConfig.fir@106467.4]
  assign _GEN_68 = _T_176 ? io_enq_bits_xcpt_ae_inst : elts_4_xcpt_ae_inst; // @[ShiftQueue.scala 31:16:freechips.rocketchip.system.MivRV32ImaL1AhbConfig.fir@106467.4]
  assign _GEN_69 = _T_176 ? io_enq_bits_replay : elts_4_replay; // @[ShiftQueue.scala 31:16:freechips.rocketchip.system.MivRV32ImaL1AhbConfig.fir@106467.4]
  assign _T_185 = _T_148 | valid_4; // @[ShiftQueue.scala 36:45:freechips.rocketchip.system.MivRV32ImaL1AhbConfig.fir@106476.4]
  assign _T_186 = io_deq_ready ? _T_169 : _T_185; // @[ShiftQueue.scala 34:10:freechips.rocketchip.system.MivRV32ImaL1AhbConfig.fir@106477.4]
  assign _GEN_70 = io_enq_valid ? 1'h1 : valid_0; // @[ShiftQueue.scala 44:25:freechips.rocketchip.system.MivRV32ImaL1AhbConfig.fir@106483.4]
  assign _GEN_72 = _T_89 ? 1'h0 : elts_0_btb_taken; // @[ShiftQueue.scala 45:22:freechips.rocketchip.system.MivRV32ImaL1AhbConfig.fir@106487.4]
  assign _GEN_74 = _T_89 ? 1'h0 : elts_0_btb_bridx; // @[ShiftQueue.scala 45:22:freechips.rocketchip.system.MivRV32ImaL1AhbConfig.fir@106487.4]
  assign _GEN_79 = _T_89 ? io_enq_bits_pc : elts_0_pc; // @[ShiftQueue.scala 45:22:freechips.rocketchip.system.MivRV32ImaL1AhbConfig.fir@106487.4]
  assign _GEN_80 = _T_89 ? io_enq_bits_data : elts_0_data; // @[ShiftQueue.scala 45:22:freechips.rocketchip.system.MivRV32ImaL1AhbConfig.fir@106487.4]
  assign _GEN_82 = _T_89 ? io_enq_bits_xcpt_pf_inst : elts_0_xcpt_pf_inst; // @[ShiftQueue.scala 45:22:freechips.rocketchip.system.MivRV32ImaL1AhbConfig.fir@106487.4]
  assign _GEN_83 = _T_89 ? io_enq_bits_xcpt_ae_inst : elts_0_xcpt_ae_inst; // @[ShiftQueue.scala 45:22:freechips.rocketchip.system.MivRV32ImaL1AhbConfig.fir@106487.4]
  assign _GEN_84 = _T_89 ? io_enq_bits_replay : elts_0_replay; // @[ShiftQueue.scala 45:22:freechips.rocketchip.system.MivRV32ImaL1AhbConfig.fir@106487.4]
  assign _T_192 = {valid_1,valid_0}; // @[ShiftQueue.scala 52:20:freechips.rocketchip.system.MivRV32ImaL1AhbConfig.fir@106490.4]
  assign _T_193 = {valid_4,valid_3}; // @[ShiftQueue.scala 52:20:freechips.rocketchip.system.MivRV32ImaL1AhbConfig.fir@106491.4]
  assign _T_194 = {_T_193,valid_2}; // @[ShiftQueue.scala 52:20:freechips.rocketchip.system.MivRV32ImaL1AhbConfig.fir@106492.4]
  assign _T_195 = {_T_194,_T_192}; // @[ShiftQueue.scala 52:20:freechips.rocketchip.system.MivRV32ImaL1AhbConfig.fir@106493.4]
  assign io_enq_ready = _T_174;
  assign io_deq_valid = _GEN_70;
  assign io_deq_bits_btb_taken = _GEN_72;
  assign io_deq_bits_btb_bridx = _GEN_74;
  assign io_deq_bits_pc = _GEN_79;
  assign io_deq_bits_data = _GEN_80;
  assign io_deq_bits_xcpt_pf_inst = _GEN_82;
  assign io_deq_bits_xcpt_ae_inst = _GEN_83;
  assign io_deq_bits_replay = _GEN_84;
  assign io_mask = _T_195;
`ifdef RANDOMIZE
  integer initvar;
  initial begin
    `ifndef verilator
      #0.002 begin end
    `endif
  `ifdef RANDOMIZE_REG_INIT
  _RAND_0 = {1{32'b0}};
  valid_0 = _RAND_0[0:0];
  `endif // RANDOMIZE_REG_INIT
  `ifdef RANDOMIZE_REG_INIT
  _RAND_1 = {1{32'b0}};
  valid_1 = _RAND_1[0:0];
  `endif // RANDOMIZE_REG_INIT
  `ifdef RANDOMIZE_REG_INIT
  _RAND_2 = {1{32'b0}};
  valid_2 = _RAND_2[0:0];
  `endif // RANDOMIZE_REG_INIT
  `ifdef RANDOMIZE_REG_INIT
  _RAND_3 = {1{32'b0}};
  valid_3 = _RAND_3[0:0];
  `endif // RANDOMIZE_REG_INIT
  `ifdef RANDOMIZE_REG_INIT
  _RAND_4 = {1{32'b0}};
  valid_4 = _RAND_4[0:0];
  `endif // RANDOMIZE_REG_INIT
  `ifdef RANDOMIZE_REG_INIT
  _RAND_5 = {1{32'b0}};
  elts_0_btb_taken = _RAND_5[0:0];
  `endif // RANDOMIZE_REG_INIT
  `ifdef RANDOMIZE_REG_INIT
  _RAND_6 = {1{32'b0}};
  elts_0_btb_bridx = _RAND_6[0:0];
  `endif // RANDOMIZE_REG_INIT
  `ifdef RANDOMIZE_REG_INIT
  _RAND_7 = {1{32'b0}};
  elts_0_pc = _RAND_7[31:0];
  `endif // RANDOMIZE_REG_INIT
  `ifdef RANDOMIZE_REG_INIT
  _RAND_8 = {1{32'b0}};
  elts_0_data = _RAND_8[31:0];
  `endif // RANDOMIZE_REG_INIT
  `ifdef RANDOMIZE_REG_INIT
  _RAND_9 = {1{32'b0}};
  elts_0_xcpt_pf_inst = _RAND_9[0:0];
  `endif // RANDOMIZE_REG_INIT
  `ifdef RANDOMIZE_REG_INIT
  _RAND_10 = {1{32'b0}};
  elts_0_xcpt_ae_inst = _RAND_10[0:0];
  `endif // RANDOMIZE_REG_INIT
  `ifdef RANDOMIZE_REG_INIT
  _RAND_11 = {1{32'b0}};
  elts_0_replay = _RAND_11[0:0];
  `endif // RANDOMIZE_REG_INIT
  `ifdef RANDOMIZE_REG_INIT
  _RAND_12 = {1{32'b0}};
  elts_1_btb_taken = _RAND_12[0:0];
  `endif // RANDOMIZE_REG_INIT
  `ifdef RANDOMIZE_REG_INIT
  _RAND_13 = {1{32'b0}};
  elts_1_btb_bridx = _RAND_13[0:0];
  `endif // RANDOMIZE_REG_INIT
  `ifdef RANDOMIZE_REG_INIT
  _RAND_14 = {1{32'b0}};
  elts_1_pc = _RAND_14[31:0];
  `endif // RANDOMIZE_REG_INIT
  `ifdef RANDOMIZE_REG_INIT
  _RAND_15 = {1{32'b0}};
  elts_1_data = _RAND_15[31:0];
  `endif // RANDOMIZE_REG_INIT
  `ifdef RANDOMIZE_REG_INIT
  _RAND_16 = {1{32'b0}};
  elts_1_xcpt_pf_inst = _RAND_16[0:0];
  `endif // RANDOMIZE_REG_INIT
  `ifdef RANDOMIZE_REG_INIT
  _RAND_17 = {1{32'b0}};
  elts_1_xcpt_ae_inst = _RAND_17[0:0];
  `endif // RANDOMIZE_REG_INIT
  `ifdef RANDOMIZE_REG_INIT
  _RAND_18 = {1{32'b0}};
  elts_1_replay = _RAND_18[0:0];
  `endif // RANDOMIZE_REG_INIT
  `ifdef RANDOMIZE_REG_INIT
  _RAND_19 = {1{32'b0}};
  elts_2_btb_taken = _RAND_19[0:0];
  `endif // RANDOMIZE_REG_INIT
  `ifdef RANDOMIZE_REG_INIT
  _RAND_20 = {1{32'b0}};
  elts_2_btb_bridx = _RAND_20[0:0];
  `endif // RANDOMIZE_REG_INIT
  `ifdef RANDOMIZE_REG_INIT
  _RAND_21 = {1{32'b0}};
  elts_2_pc = _RAND_21[31:0];
  `endif // RANDOMIZE_REG_INIT
  `ifdef RANDOMIZE_REG_INIT
  _RAND_22 = {1{32'b0}};
  elts_2_data = _RAND_22[31:0];
  `endif // RANDOMIZE_REG_INIT
  `ifdef RANDOMIZE_REG_INIT
  _RAND_23 = {1{32'b0}};
  elts_2_xcpt_pf_inst = _RAND_23[0:0];
  `endif // RANDOMIZE_REG_INIT
  `ifdef RANDOMIZE_REG_INIT
  _RAND_24 = {1{32'b0}};
  elts_2_xcpt_ae_inst = _RAND_24[0:0];
  `endif // RANDOMIZE_REG_INIT
  `ifdef RANDOMIZE_REG_INIT
  _RAND_25 = {1{32'b0}};
  elts_2_replay = _RAND_25[0:0];
  `endif // RANDOMIZE_REG_INIT
  `ifdef RANDOMIZE_REG_INIT
  _RAND_26 = {1{32'b0}};
  elts_3_btb_taken = _RAND_26[0:0];
  `endif // RANDOMIZE_REG_INIT
  `ifdef RANDOMIZE_REG_INIT
  _RAND_27 = {1{32'b0}};
  elts_3_btb_bridx = _RAND_27[0:0];
  `endif // RANDOMIZE_REG_INIT
  `ifdef RANDOMIZE_REG_INIT
  _RAND_28 = {1{32'b0}};
  elts_3_pc = _RAND_28[31:0];
  `endif // RANDOMIZE_REG_INIT
  `ifdef RANDOMIZE_REG_INIT
  _RAND_29 = {1{32'b0}};
  elts_3_data = _RAND_29[31:0];
  `endif // RANDOMIZE_REG_INIT
  `ifdef RANDOMIZE_REG_INIT
  _RAND_30 = {1{32'b0}};
  elts_3_xcpt_pf_inst = _RAND_30[0:0];
  `endif // RANDOMIZE_REG_INIT
  `ifdef RANDOMIZE_REG_INIT
  _RAND_31 = {1{32'b0}};
  elts_3_xcpt_ae_inst = _RAND_31[0:0];
  `endif // RANDOMIZE_REG_INIT
  `ifdef RANDOMIZE_REG_INIT
  _RAND_32 = {1{32'b0}};
  elts_3_replay = _RAND_32[0:0];
  `endif // RANDOMIZE_REG_INIT
  `ifdef RANDOMIZE_REG_INIT
  _RAND_33 = {1{32'b0}};
  elts_4_btb_taken = _RAND_33[0:0];
  `endif // RANDOMIZE_REG_INIT
  `ifdef RANDOMIZE_REG_INIT
  _RAND_34 = {1{32'b0}};
  elts_4_btb_bridx = _RAND_34[0:0];
  `endif // RANDOMIZE_REG_INIT
  `ifdef RANDOMIZE_REG_INIT
  _RAND_35 = {1{32'b0}};
  elts_4_pc = _RAND_35[31:0];
  `endif // RANDOMIZE_REG_INIT
  `ifdef RANDOMIZE_REG_INIT
  _RAND_36 = {1{32'b0}};
  elts_4_data = _RAND_36[31:0];
  `endif // RANDOMIZE_REG_INIT
  `ifdef RANDOMIZE_REG_INIT
  _RAND_37 = {1{32'b0}};
  elts_4_xcpt_pf_inst = _RAND_37[0:0];
  `endif // RANDOMIZE_REG_INIT
  `ifdef RANDOMIZE_REG_INIT
  _RAND_38 = {1{32'b0}};
  elts_4_xcpt_ae_inst = _RAND_38[0:0];
  `endif // RANDOMIZE_REG_INIT
  `ifdef RANDOMIZE_REG_INIT
  _RAND_39 = {1{32'b0}};
  elts_4_replay = _RAND_39[0:0];
  `endif // RANDOMIZE_REG_INIT
  end
`endif // RANDOMIZE
  always @(posedge clock) begin
    if (reset) begin
      valid_0 <= 1'h0;
    end else begin
      if (io_deq_ready) begin
        valid_0 <= _T_84;
      end else begin
        valid_0 <= _T_100;
      end
    end
    if (reset) begin
      valid_1 <= 1'h0;
    end else begin
      if (io_deq_ready) begin
        valid_1 <= _T_107;
      end else begin
        valid_1 <= _T_121;
      end
    end
    if (reset) begin
      valid_2 <= 1'h0;
    end else begin
      if (io_deq_ready) begin
        valid_2 <= _T_128;
      end else begin
        valid_2 <= _T_142;
      end
    end
    if (reset) begin
      valid_3 <= 1'h0;
    end else begin
      if (io_deq_ready) begin
        valid_3 <= _T_149;
      end else begin
        valid_3 <= _T_163;
      end
    end
    if (reset) begin
      valid_4 <= 1'h0;
    end else begin
      if (io_deq_ready) begin
        valid_4 <= _T_169;
      end else begin
        valid_4 <= _T_185;
      end
    end
    if (_T_91) begin
      if (valid_1) begin
        elts_0_btb_taken <= elts_1_btb_taken;
      end else begin
        elts_0_btb_taken <= 1'h0;
      end
    end
    if (_T_91) begin
      if (valid_1) begin
        elts_0_btb_bridx <= elts_1_btb_bridx;
      end else begin
        elts_0_btb_bridx <= 1'h0;
      end
    end
    if (_T_91) begin
      if (valid_1) begin
        elts_0_pc <= elts_1_pc;
      end else begin
        elts_0_pc <= io_enq_bits_pc;
      end
    end
    if (_T_91) begin
      if (valid_1) begin
        elts_0_data <= elts_1_data;
      end else begin
        elts_0_data <= io_enq_bits_data;
      end
    end
    if (_T_91) begin
      if (valid_1) begin
        elts_0_xcpt_pf_inst <= elts_1_xcpt_pf_inst;
      end else begin
        elts_0_xcpt_pf_inst <= io_enq_bits_xcpt_pf_inst;
      end
    end
    if (_T_91) begin
      if (valid_1) begin
        elts_0_xcpt_ae_inst <= elts_1_xcpt_ae_inst;
      end else begin
        elts_0_xcpt_ae_inst <= io_enq_bits_xcpt_ae_inst;
      end
    end
    if (_T_91) begin
      if (valid_1) begin
        elts_0_replay <= elts_1_replay;
      end else begin
        elts_0_replay <= io_enq_bits_replay;
      end
    end
    if (_T_113) begin
      if (valid_2) begin
        elts_1_btb_taken <= elts_2_btb_taken;
      end else begin
        elts_1_btb_taken <= 1'h0;
      end
    end
    if (_T_113) begin
      if (valid_2) begin
        elts_1_btb_bridx <= elts_2_btb_bridx;
      end else begin
        elts_1_btb_bridx <= 1'h0;
      end
    end
    if (_T_113) begin
      if (valid_2) begin
        elts_1_pc <= elts_2_pc;
      end else begin
        elts_1_pc <= io_enq_bits_pc;
      end
    end
    if (_T_113) begin
      if (valid_2) begin
        elts_1_data <= elts_2_data;
      end else begin
        elts_1_data <= io_enq_bits_data;
      end
    end
    if (_T_113) begin
      if (valid_2) begin
        elts_1_xcpt_pf_inst <= elts_2_xcpt_pf_inst;
      end else begin
        elts_1_xcpt_pf_inst <= io_enq_bits_xcpt_pf_inst;
      end
    end
    if (_T_113) begin
      if (valid_2) begin
        elts_1_xcpt_ae_inst <= elts_2_xcpt_ae_inst;
      end else begin
        elts_1_xcpt_ae_inst <= io_enq_bits_xcpt_ae_inst;
      end
    end
    if (_T_113) begin
      if (valid_2) begin
        elts_1_replay <= elts_2_replay;
      end else begin
        elts_1_replay <= io_enq_bits_replay;
      end
    end
    if (_T_134) begin
      if (valid_3) begin
        elts_2_btb_taken <= elts_3_btb_taken;
      end else begin
        elts_2_btb_taken <= 1'h0;
      end
    end
    if (_T_134) begin
      if (valid_3) begin
        elts_2_btb_bridx <= elts_3_btb_bridx;
      end else begin
        elts_2_btb_bridx <= 1'h0;
      end
    end
    if (_T_134) begin
      if (valid_3) begin
        elts_2_pc <= elts_3_pc;
      end else begin
        elts_2_pc <= io_enq_bits_pc;
      end
    end
    if (_T_134) begin
      if (valid_3) begin
        elts_2_data <= elts_3_data;
      end else begin
        elts_2_data <= io_enq_bits_data;
      end
    end
    if (_T_134) begin
      if (valid_3) begin
        elts_2_xcpt_pf_inst <= elts_3_xcpt_pf_inst;
      end else begin
        elts_2_xcpt_pf_inst <= io_enq_bits_xcpt_pf_inst;
      end
    end
    if (_T_134) begin
      if (valid_3) begin
        elts_2_xcpt_ae_inst <= elts_3_xcpt_ae_inst;
      end else begin
        elts_2_xcpt_ae_inst <= io_enq_bits_xcpt_ae_inst;
      end
    end
    if (_T_134) begin
      if (valid_3) begin
        elts_2_replay <= elts_3_replay;
      end else begin
        elts_2_replay <= io_enq_bits_replay;
      end
    end
    if (_T_155) begin
      if (valid_4) begin
        elts_3_btb_taken <= elts_4_btb_taken;
      end else begin
        elts_3_btb_taken <= 1'h0;
      end
    end
    if (_T_155) begin
      if (valid_4) begin
        elts_3_btb_bridx <= elts_4_btb_bridx;
      end else begin
        elts_3_btb_bridx <= 1'h0;
      end
    end
    if (_T_155) begin
      if (valid_4) begin
        elts_3_pc <= elts_4_pc;
      end else begin
        elts_3_pc <= io_enq_bits_pc;
      end
    end
    if (_T_155) begin
      if (valid_4) begin
        elts_3_data <= elts_4_data;
      end else begin
        elts_3_data <= io_enq_bits_data;
      end
    end
    if (_T_155) begin
      if (valid_4) begin
        elts_3_xcpt_pf_inst <= elts_4_xcpt_pf_inst;
      end else begin
        elts_3_xcpt_pf_inst <= io_enq_bits_xcpt_pf_inst;
      end
    end
    if (_T_155) begin
      if (valid_4) begin
        elts_3_xcpt_ae_inst <= elts_4_xcpt_ae_inst;
      end else begin
        elts_3_xcpt_ae_inst <= io_enq_bits_xcpt_ae_inst;
      end
    end
    if (_T_155) begin
      if (valid_4) begin
        elts_3_replay <= elts_4_replay;
      end else begin
        elts_3_replay <= io_enq_bits_replay;
      end
    end
    if (_T_176) begin
      elts_4_btb_taken <= 1'h0;
    end
    if (_T_176) begin
      elts_4_btb_bridx <= 1'h0;
    end
    if (_T_176) begin
      elts_4_pc <= io_enq_bits_pc;
    end
    if (_T_176) begin
      elts_4_data <= io_enq_bits_data;
    end
    if (_T_176) begin
      elts_4_xcpt_pf_inst <= io_enq_bits_xcpt_pf_inst;
    end
    if (_T_176) begin
      elts_4_xcpt_ae_inst <= io_enq_bits_xcpt_ae_inst;
    end
    if (_T_176) begin
      elts_4_replay <= io_enq_bits_replay;
    end
  end
endmodule